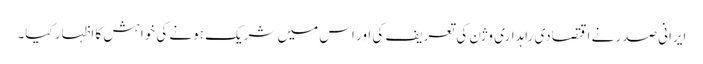
ایرانی صدر نے اقتصادی راہداری وژن کی تعریف کی اور اس میں شریک ہونے کی خواہش کا اظہار کیا۔